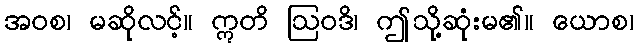
အဝစ၊ မဆိုလင့်။ ဣတိ ဩဝဒိ၊ ဤသို့ဆုံးမ၏။ ယောစ၊